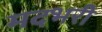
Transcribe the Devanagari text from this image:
मदभरी